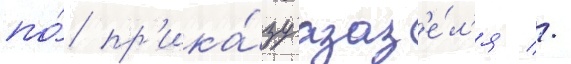
по́ пр'ика́зу азаз'е́л'я //